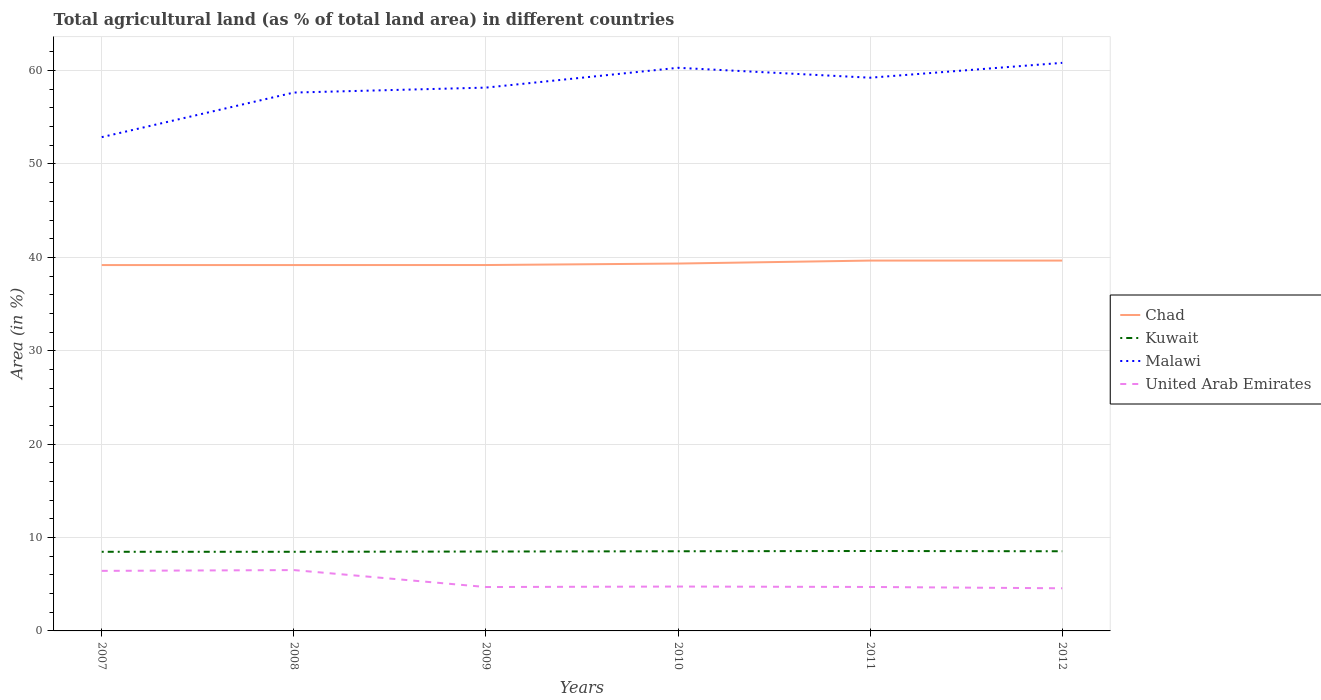
| Years | Chad | Kuwait | Malawi | United Arab Emirates |
 | --- | --- | --- | --- | --- |
 | 2007 | 39.2 | 8.47 | 52.9 | 6.43 |
 | 2008 | 39.2 | 8.47 | 57.6 | 6.51 |
 | 2009 | 39.2 | 8.5 | 58.2 | 4.7 |
 | 2010 | 39.3 | 8.53 | 60.3 | 4.75 |
 | 2011 | 39.7 | 8.56 | 59.2 | 4.71 |
 | 2012 | 39.7 | 8.53 | 60.8 | 4.57 |